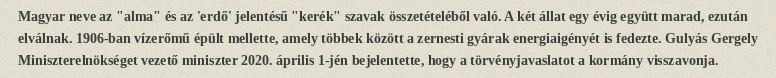
Magyar neve az "alma" és az 'erdő' jelentésű "kerék" szavak összetételéből való. A két állat egy évig együtt marad, ezután elválnak. 1906-ban vízerőmű épült mellette, amely többek között a zernesti gyárak energiaigényét is fedezte. Gulyás Gergely Miniszterelnökséget vezető miniszter 2020. április 1-jén bejelentette, hogy a törvényjavaslatot a kormány visszavonja.